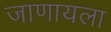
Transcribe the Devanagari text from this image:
जाणायला